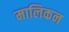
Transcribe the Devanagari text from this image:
मालिकन